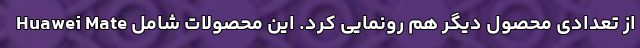
Huawei Mate از تعدادی محصول دیگر هم رونمایی کرد. این محصولات شامل